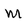
Character: m